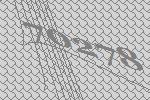
70278